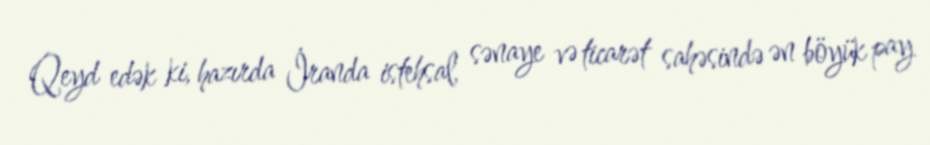
Qeyd edək ki, hazırda İranda istehsal, sənaye və ticarət sahəsində ən böyük pay